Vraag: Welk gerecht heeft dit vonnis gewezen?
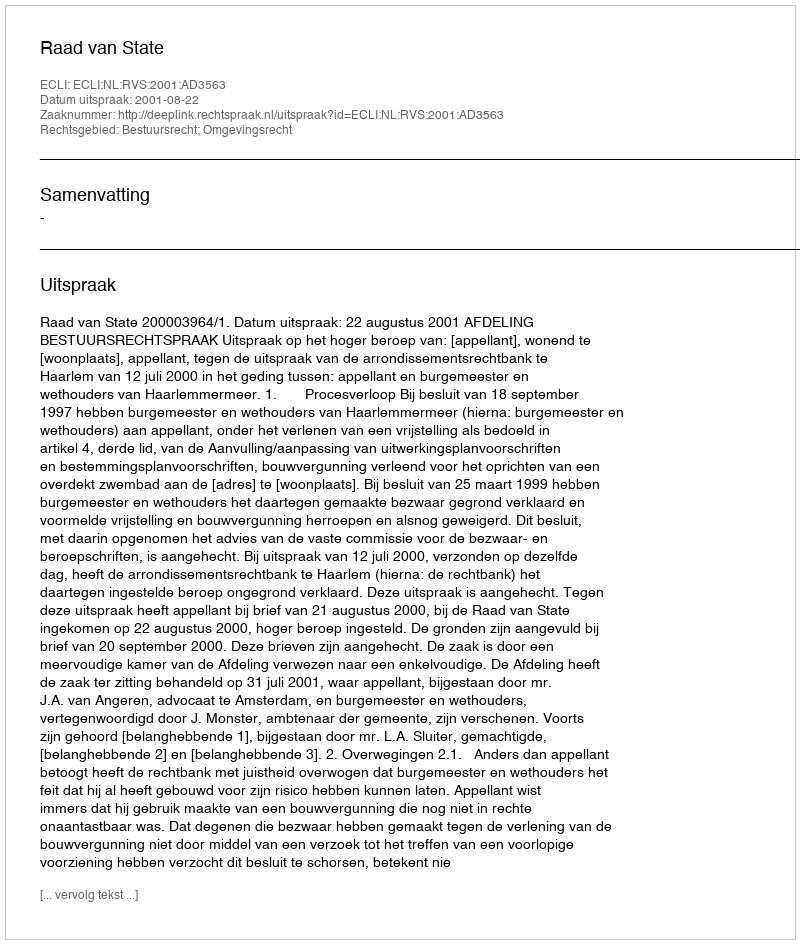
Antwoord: Raad van State